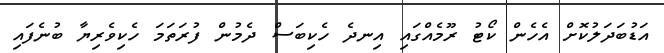
އަޑުބަދަލުކޮށް އެހެން ކޯޓު ރޫމެއްގައި އިނދެ ހެކިބަސް ދެމުން ފުރަތަމަ ހެކިވެރިޔާ ބުނެފައި